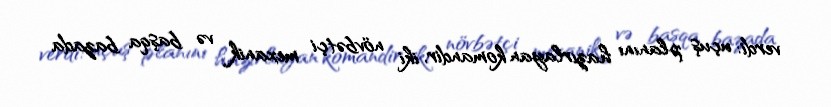
verdi: uçuş planını hazırlayan komandir, iki növbətçi mexanik və başqa bazada